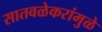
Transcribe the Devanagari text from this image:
सातवळेकरांमुळे